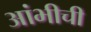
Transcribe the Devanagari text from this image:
आंभीची